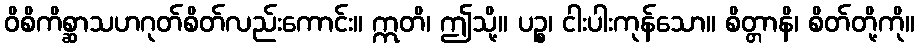
ဝိစိကိစ္ဆာသဟဂုတ်စိတ်လည်းကောင်း။ ဣတိ၊ ဤသို့။ ပဉ္စ၊ ငါးပါးကုန်သော။ စိတ္တာနိ၊ စိတ်တို့ကို။